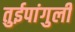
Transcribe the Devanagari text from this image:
तुईपांगुली